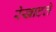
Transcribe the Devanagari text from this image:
रेखाटते